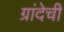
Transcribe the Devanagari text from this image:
ग्रांदेची